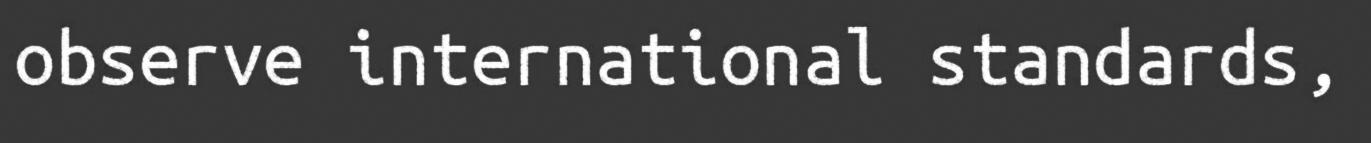
observe international standards,